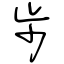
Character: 步